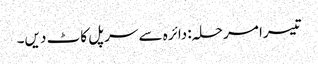
تیسرا مرحلہ: دائرہ سے سرپل کاٹ دیں۔